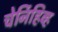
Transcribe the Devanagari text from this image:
चेर्निहिव्ह